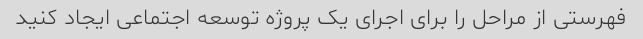
فهرستی از مراحل را برای اجرای یک پروژه توسعه اجتماعی ایجاد کنید